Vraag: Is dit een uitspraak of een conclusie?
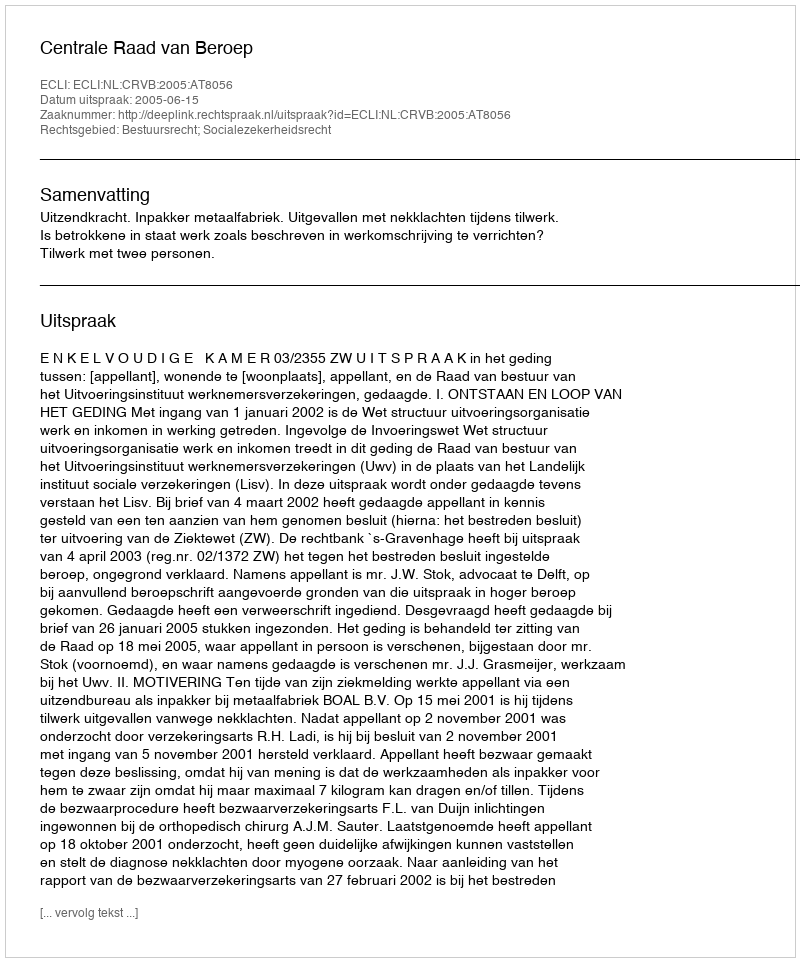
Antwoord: Uitspraak